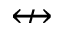
\nleftrightarrow